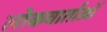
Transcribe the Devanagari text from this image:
लोकवार्ताओं